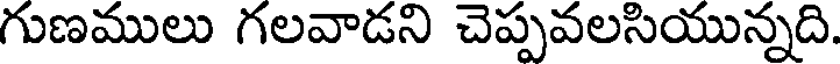
గుణములు గలవాడని చెప్పవలసియున్నది.